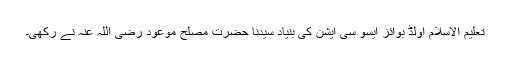
تعلیم الاسلام اولڈ بوائز ایسو سی ایشن کی بنیاد سیدنا حضرت مصلح موعود رضی اللہ عنہ نے رکھی۔